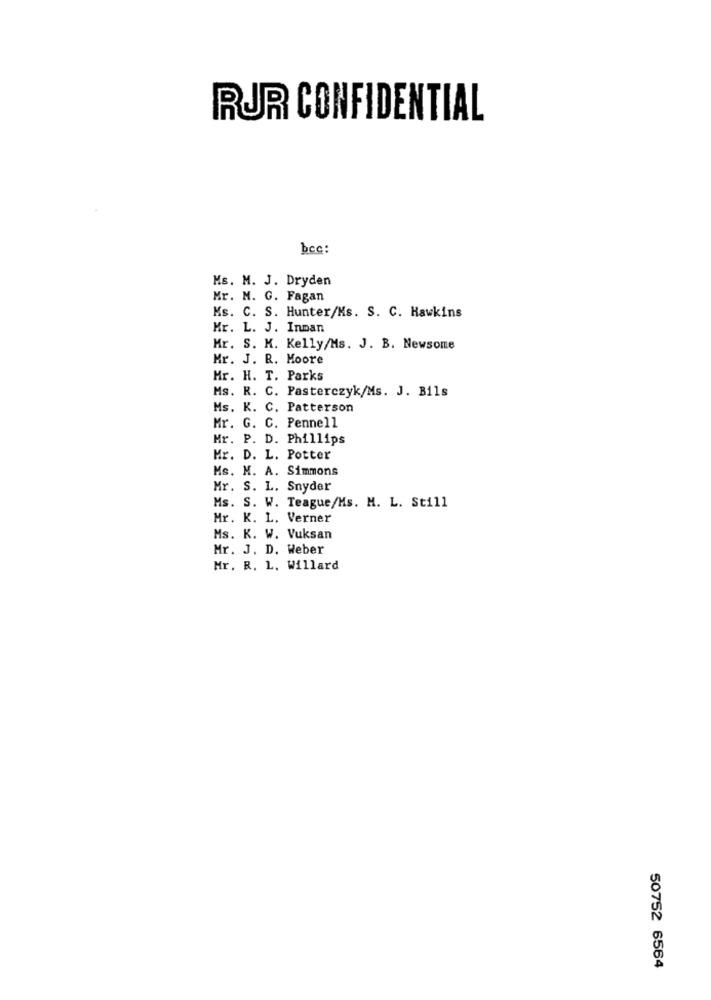
RUR CONFIDENTIAL
bcc:
Ms. M. J. Dryden
Mr. M. G. Fagan
Ms. C. S. Hunter/Ms. S. C. Hawkins
Mr. L. J. Innan
Mr. S. K. Kelly/Ms. J. B. Newsome
Mr. J. R. Moore
Mr. H. T. Parks
Ms. R. C. Pasterczyk/Ms. J. Bils
Ms. K. C. Patterson
Mr. G. C. Pennell
Mr. P. D. Phillips
Mr. D. L. Potter
Ms. M. A. Simmons
Mr. S. L. Snyder
Ms. S. W. Teague/Ms. M. L. Still
Mr. K. L. Verner
Ms. K. W. Vuksan
Mr. J. D. Weber
Mr. R. L. Willard
50752 6564